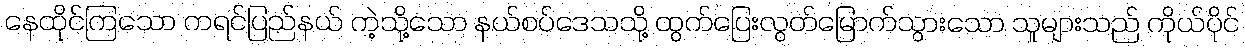
နေထိုင်ကြသော ကရင်ပြည်နယ် ကဲ့သို့သော နယ်စပ်ဒေသသို့ ထွက်ပြေးလွတ်မြောက်သွားသော သူများသည် ကိုယ်ပိုင်